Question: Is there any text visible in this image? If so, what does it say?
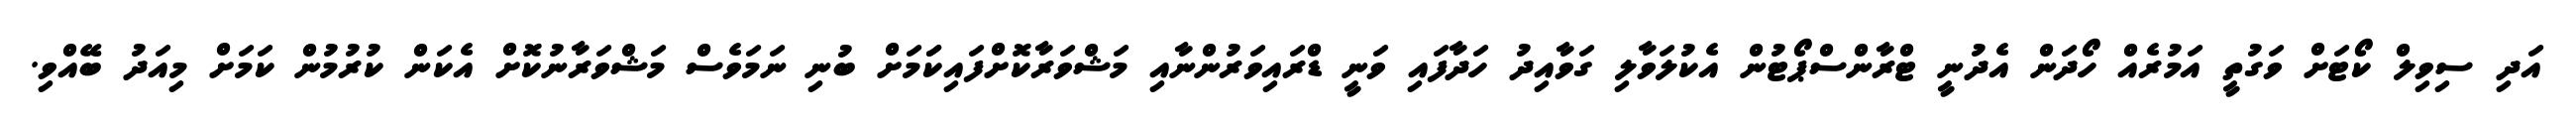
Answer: އަދި ސިވިލް ކޯޓަށް ވަގުތީ އަމުރެއް ހޯދަން އެދުނީ ޓްރާންސްޕޯޓުން އެކުލަވާލި ގަވާއިދު ހަދާފައި ވަނީ ޑްރައިވަރުންނާއި މަޝްވަރާކޮށްފައިކަަމަށް ބުނި ނަމަވެސް މަޝްވަރާނުކޮށް އެކަން ކުރުމުން ކަމަށް މިއަދު ބޭއްވި.